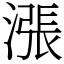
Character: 漲